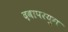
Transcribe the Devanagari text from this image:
दवापरयुग